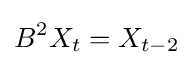
B^{2}X_{t}=X_{t-2}